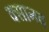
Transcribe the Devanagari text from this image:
क्सानव